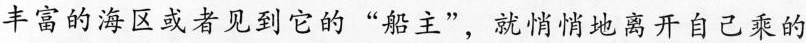
丰富的海区或者见到它的”船主”，就悄悄地离开自己乘的